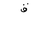
Letter: _qaf